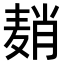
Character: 𬹈